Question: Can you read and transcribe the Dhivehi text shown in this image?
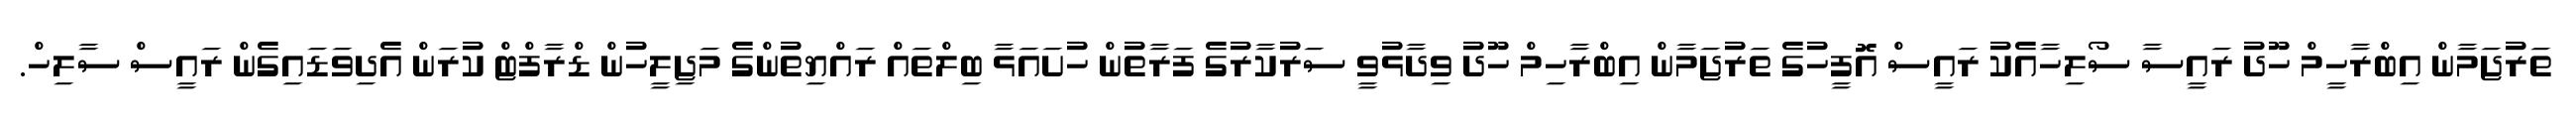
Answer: ތަރުޖަމާން އިބްރާހީމް ހޫދު ރައީސާ ސޯލިހާއެކު ރައީސް އޮފީހުގެ ތަރުޖަމާން އިބްރާހިމް ހޫދު ވިދާޅުވީ ސަރުކާރުގެ ފަރާތުން ހުށައަޅާ ބިލްތައް ރައްޔިތުންގެ މަޖިލީހުން ޑްރާފްޓް ކުރަން އެދިވަޑައިގެން ރައީސް ސާލިހް.